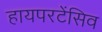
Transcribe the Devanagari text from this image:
हायपरटेंसिव